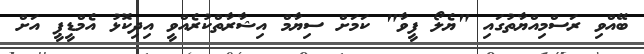
ބޭއްވި ރަސްމިއްޔާތުގައި "ޔެލޯ ފީވާ" ކަމަށް ސިޔާމް އިޝާރާތްކުރެއްވީ އިދިކޮޅު އެމްޑީޕީ އަށް